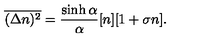
\overline { { ( \Delta n ) ^ { 2 } } } = \frac { \sinh \alpha } { \alpha } [ n ] [ 1 + \sigma n ] .